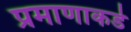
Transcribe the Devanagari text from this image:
प्रमाणाकडे